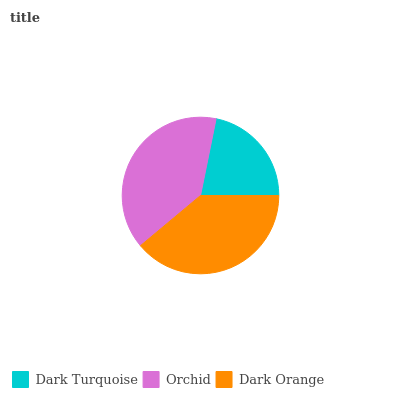
| Dark Turquoise | Orchid | Dark Orange |
 | --- | --- | --- |
 | 21.8% | 39.3% | 39% |